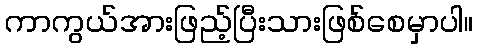
ကာကွယ်အားဖြည့်ပြီးသားဖြစ်စေမှာပါ။